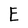
Character: E